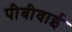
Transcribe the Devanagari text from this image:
पीबीवाई